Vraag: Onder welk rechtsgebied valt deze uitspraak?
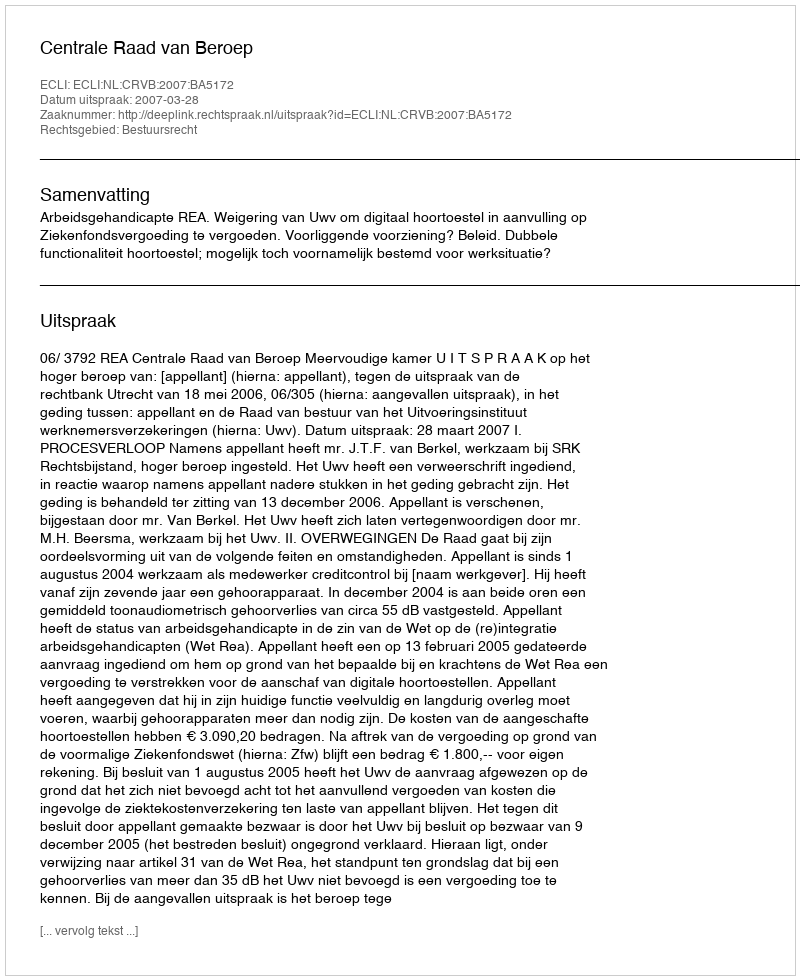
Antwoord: Bestuursrecht